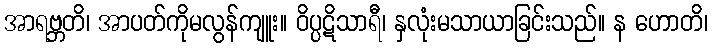
အာရဗ္ဘတိ၊ အာပတ်ကိုမလွန်ကျူး။ ဝိပ္ပဋိသာရီ၊ နှလုံးမသာယာခြင်းသည်။ န ဟောတိ၊